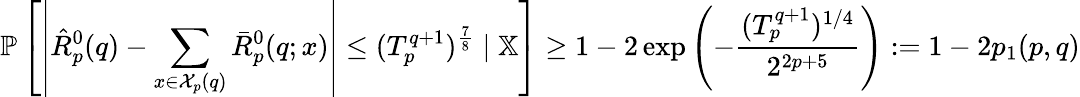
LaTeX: \mathbb{P}\left[\left|\hat{R}_{p}^{0}(q)-\sum_{x\in\mathcal{X}_{p}(q)}\bar{R}_{p}^{0}(q;x)\right|\leq(T_{p}^{q+1})^{\frac{7}{8}}\mid\mathbb{X}\right]\geq 1-2\exp\left(-\frac{(T_{p}^{q+1})^{1/4}}{2^{2p+5}}\right):=1-2p_{1}(p,q)